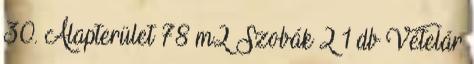
30. Alapterület 78 m2 Szobák 2 1 db Vételár